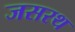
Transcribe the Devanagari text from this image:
जसरथ